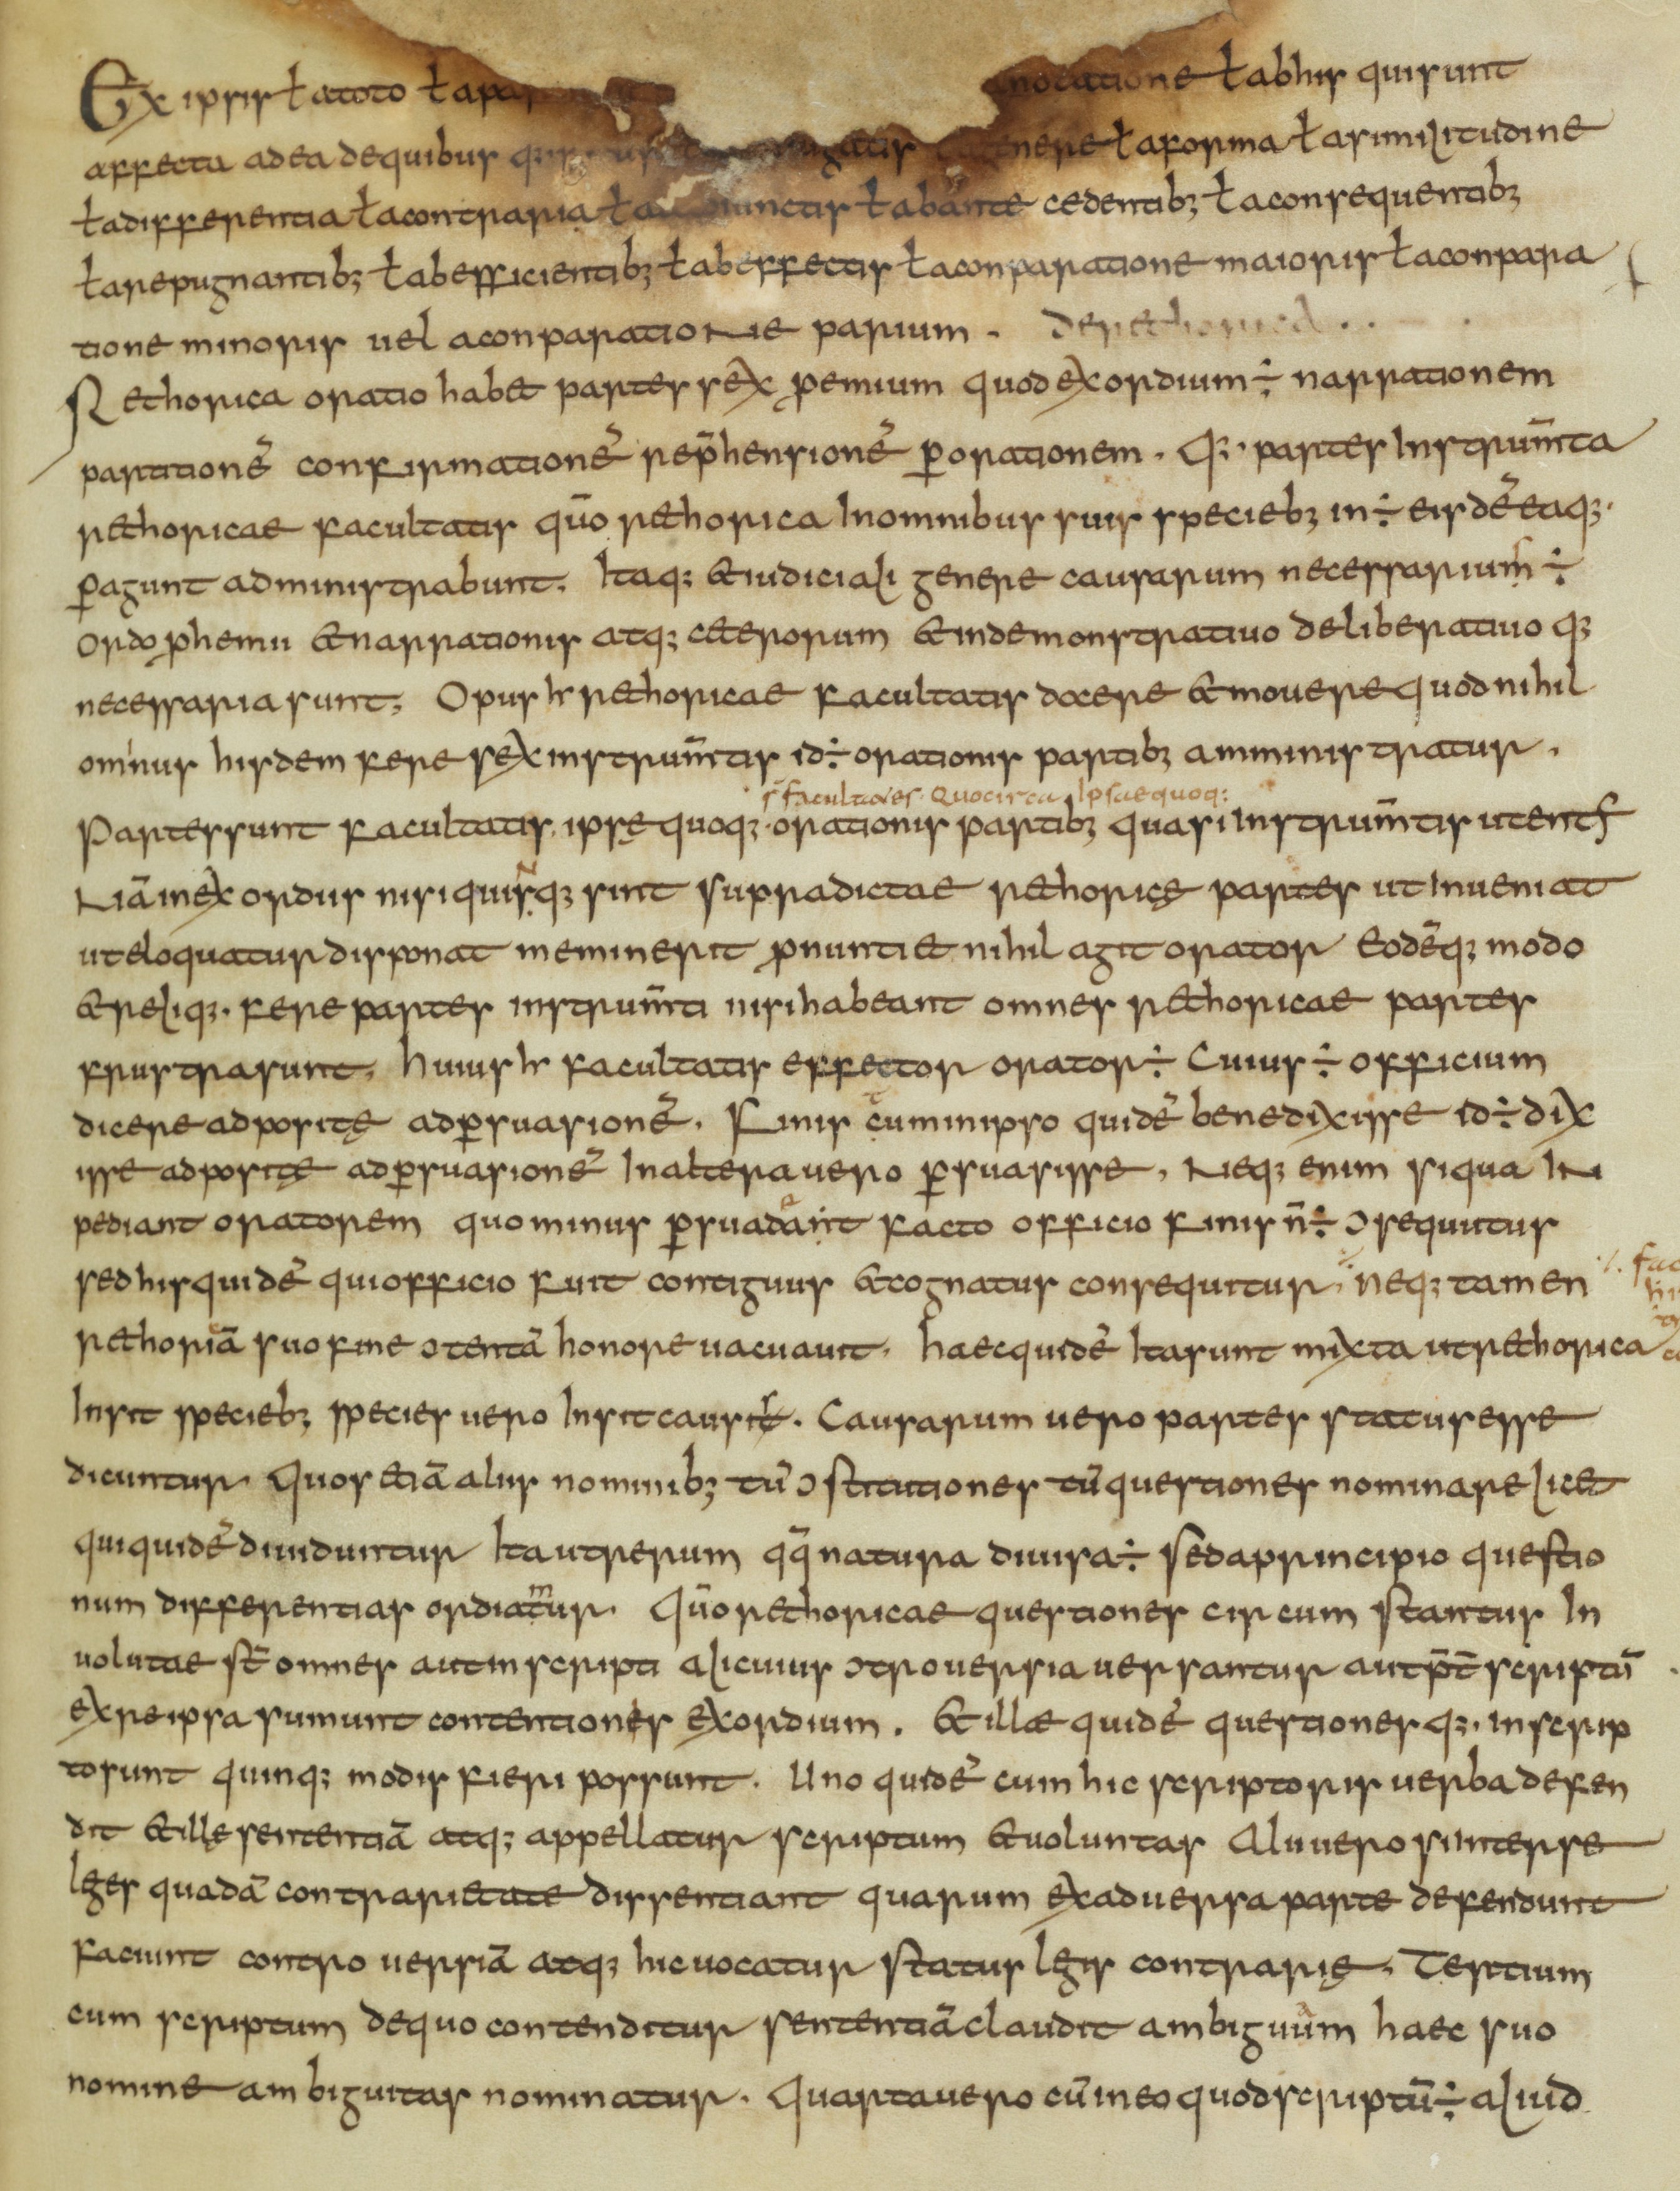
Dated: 825–849